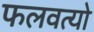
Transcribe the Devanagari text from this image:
फलवत्यो